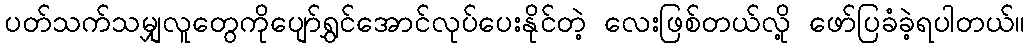
ပတ်သက်သမျှလူတွေကိုပျော်ရွှင်အောင်လုပ်ပေးနိုင်တဲ့ လေးဖြစ်တယ်လို့ ဖော်ပြခံခဲ့ရပါတယ်။